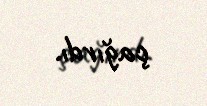
çağırdı.